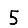
Digit: 5